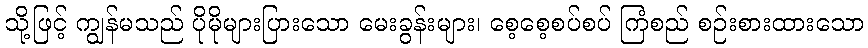
သို့ဖြင့် ကျွန်မသည် ပိုမိုများပြားသော မေးခွန်းများ၊ စေ့စေ့စပ်စပ် ကြံစည် စဉ်းစားထားသော